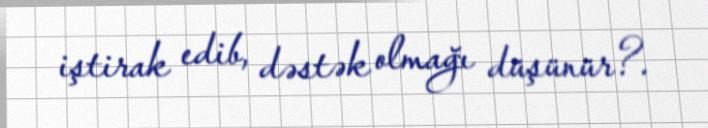
iştirak edib, dəstək olmağı düşünür?.